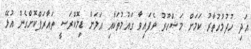
އަދި ހުދުމުހުތާރު ކަމަށް މަޝްހޫރު ވެފައިވާ ގައުމުތަކާއި އަލަށް ޑިމޮކްރަސީ ތައާރަފްކޮށްގެން އުޅޭ